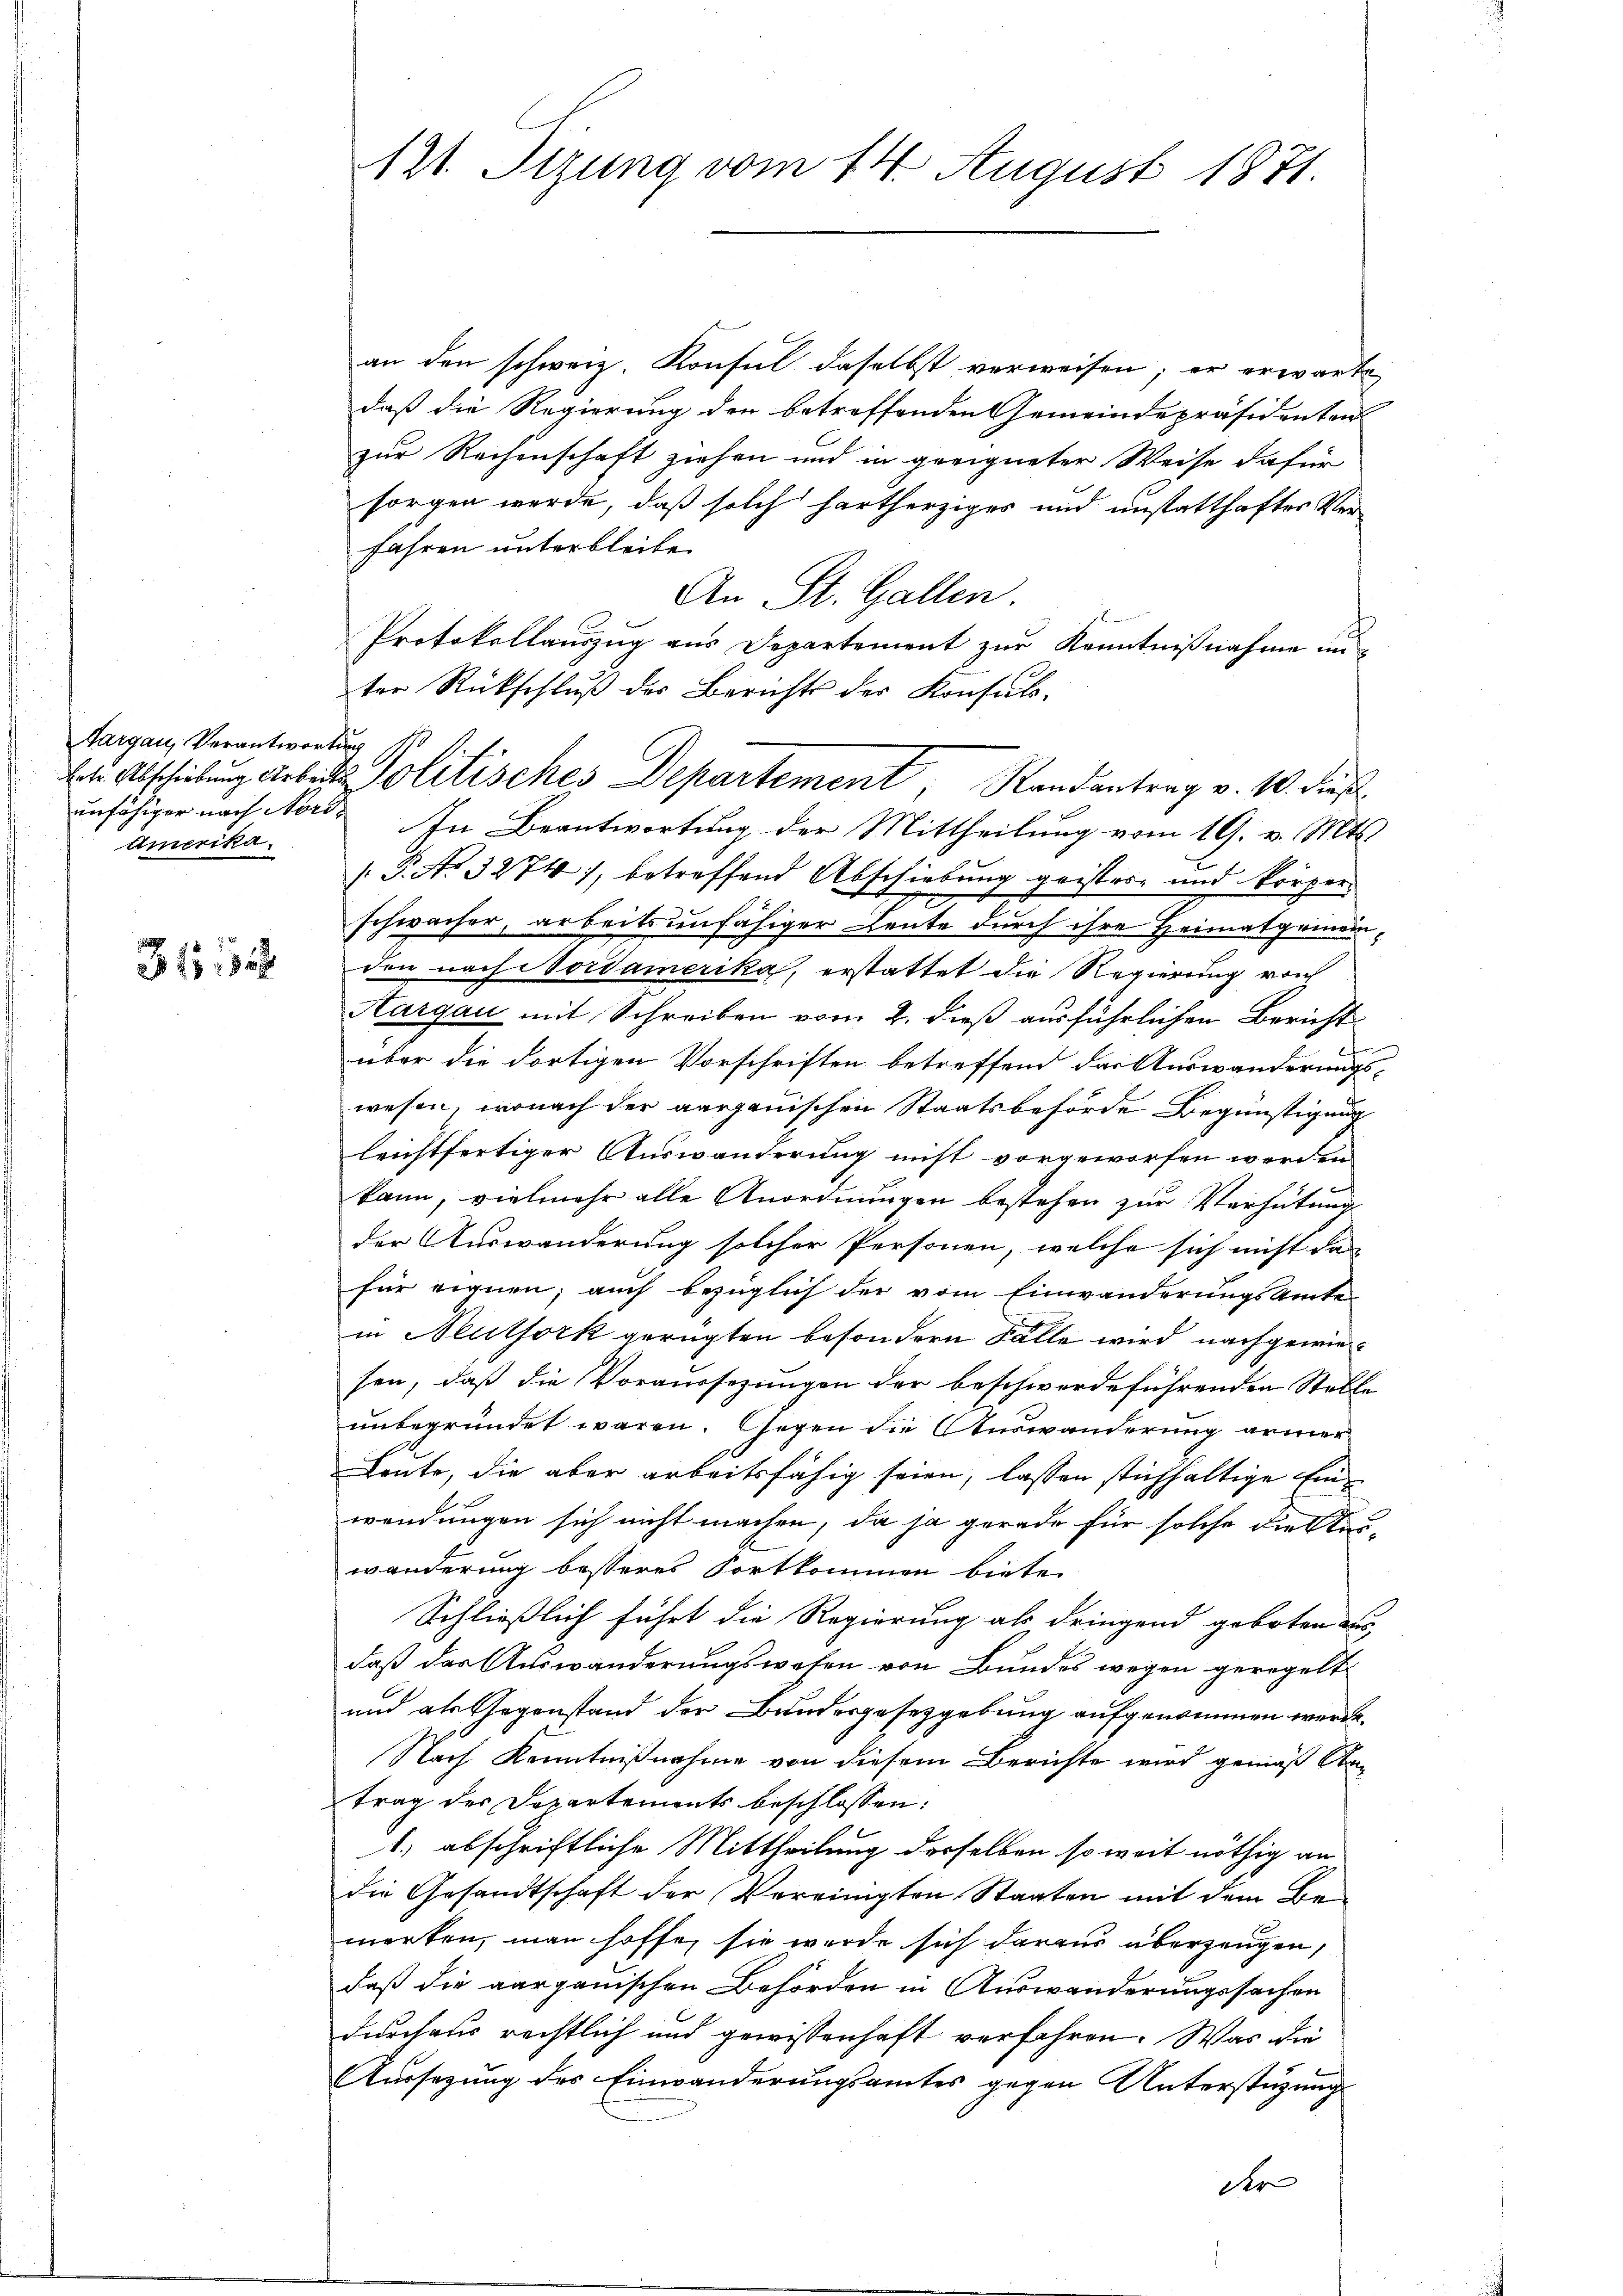
Sargau, Verantwortung
unfähiger nach Nord¬
Amerika,

31 32

121. Sizung vom 14. August 1871.

an den schweiz. Konsul daselbst verweisen; er erwarte
daß die Regierung der betreffenden Gemeindepräsidenten
zur Rechenschaft ziehen und in geeigneter Weise dafür
sorgen werde, daß solch hartherziges und unstatthaftes Ver¬
Jahren unterbleibe.
An St. Gallen.
Protokollauszug aus Departement zur Kenntnißnahme unter Rückschlŭβ der Berichts der Konsul-
In Beantwortung der Mittheilung vom 19. v. Mts.
[P.Ao 3274), betreffend Abschiebung geistere und körpere
schwacher, arbeitsunfähiger Leute durch ihre Heimatgemeinden nach Nordamerika, erstattet die Regierung von
Aargau mit Schreiben vom 2. dieß ausführlichen Bericht
über die dortigen Vorschriften betreffend der Auswanderungs-
wesen, wonach der aargauischen Staatsbehörde Begünstigung
leichtfertiger Auswanderung nicht vorgeworfen werden
kann, vielmehr alle Anordnungen bestehen zur Verhütung
der Auswanderung solcher Personen, welche sich nicht das
für eignen; auch bezüglich der vom Einwanderungsamte
in Neuthork gerügten besondern Fälle wird nachgewiesen, daß die Voraussezungen der beschwerdeführenden Stelle
unbegründet waren. Gegen die Auswanderung armer
Leute, die aber arbeitsfähig seien, lassen stichhaltige Einwendungen sich nicht machen, da ja gerade für solche die Aus-
wanderung besseres Fortkommen biete.
Schließlich führt die Regierung als dringend geboten aus,
daß der Auswanderungswesen von Bundes wegen geregelt
und als Gegenstand der Bundesgesetzgebung aufgenommen werde.
Nach Kenntnißnahme von diesem Berichte wird gemäß An-
trag der Departements beschlossen:
1.) abschriftliche Mittheilung desselben so weit nöthig an
die Gesandtschaft der Vereinigten Staaten mit dem Be-
merken, man hoffe, sie werde sich daraus überzeugen,
daß die aargauischen Behörden in Auswanderungssachen
durchaus rechtlich und gewissenhaft verfahren. Was die
Aussetzung des Einwanderungsamtes gegen Unterstützungs
der |

bte Abschiebung Arbeits Politisches Departement, Randantrag v. 10. dieß